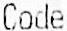
CODE